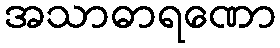
အသာဓာရဏော